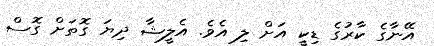
އޭނާގެ ކާރުގެ ޑިކީ އަށް ލި އެވެ. އެލީޝާ ދިޔަ ގޮތަށް ގޮސް